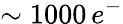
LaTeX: \sim 1000\, e^{-}